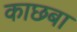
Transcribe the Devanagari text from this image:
काछबा